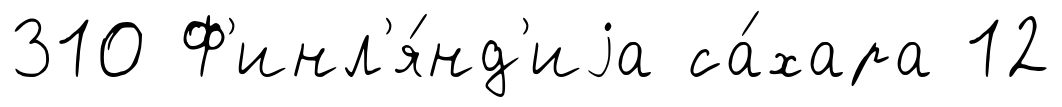
310 Ф'инл'я́нд'иjа са́хара 12